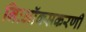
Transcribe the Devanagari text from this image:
निःऑक्सकरणी